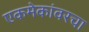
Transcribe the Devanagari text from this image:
एकमेकांवरचा